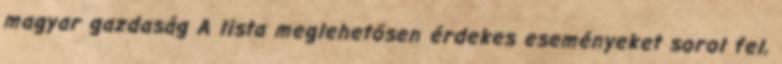
magyar gazdaság A lista meglehetősen érdekes eseményeket sorol fel,